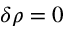
\delta \rho = 0